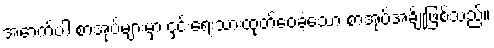
အောက်ပါ စာအုပ်များမှာ ငှင်းရေးသားထုတ်ဝေခဲ့သော စာအုပ်အချို့ဖြစ်သည်။